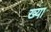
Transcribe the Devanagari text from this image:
ख्या